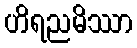
ဟိရညမိဿာ